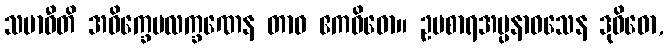
သမာဓီတိ အဝိက္ခေပလက္ခဏေန တာဝ ဧကဝိဓော။ ဥပစာရအပ္ပနာဝသေန ဒုဝိဓော,